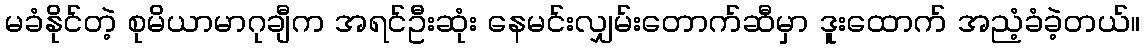
မခံနိုင်တဲ့ စုမိယာမာဂုချီက အရင်ဦးဆုံး နေမင်းလျှမ်းတောက်ဆီမှာ ဒူးထောက် အညံ့ခံခဲ့တယ်။